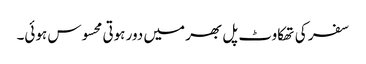
سفر کی تھکاوٹ پل بھر میں دور ہوتی محسوس ہوئی۔